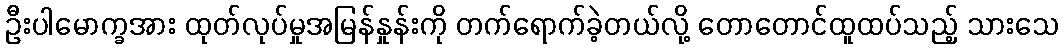
ဦးပါမောက္ခအား ထုတ်လုပ်မှုအမြန်နှုန်းကို တက်ရောက်ခဲ့တယ်လို့ တောတောင်ထူထပ်သည့် သားသေ